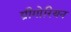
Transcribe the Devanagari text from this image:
ग्रीगोरियन